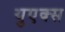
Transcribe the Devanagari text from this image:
युएक्स